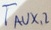
Text: TAUX,2